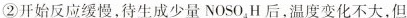
②开始反应缓慢，待生成少量NOSO_{4}